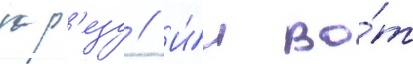
зар'езу // И́ во́т